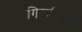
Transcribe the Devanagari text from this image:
गिरकीमुळे